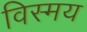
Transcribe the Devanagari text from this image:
विस्‍मय